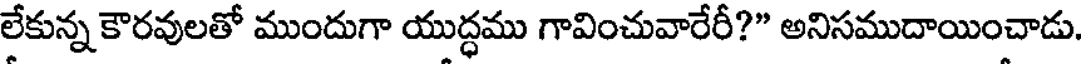
లేకున్న కౌరవులతో ముందుగా యుద్ధము గావించువారేరీ?" అనిసముదాయించాడు